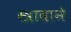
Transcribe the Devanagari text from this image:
स्त्रावाने